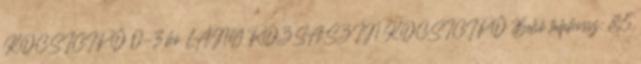
KOCSICIPŐ 0-3 hó LÁNY RÓZSASZÍN KOCSICIPŐ Belső talphossz: 8,5